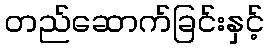
တည်ဆောက်ခြင်းနှင့်